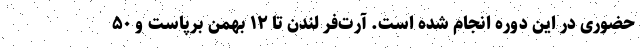
حضوری در این دوره انجام شده است. آرت‌فر لندن تا ۱۲ بهمن برپاست و ۵۰